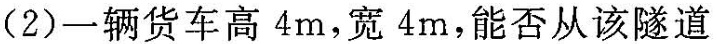
(2)一辆货车高4m，宽4m，能否从该隧道